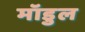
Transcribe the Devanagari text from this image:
मॉडुल